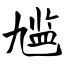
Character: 尴